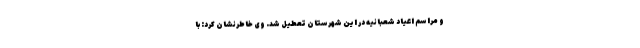
و مراسم اعیاد شعبانیه در این شهرستان تعطیل شد. وی خاطرنشان کرد: با